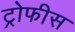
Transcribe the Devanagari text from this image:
ट्रोफीस